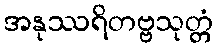
အနုဿရိတဗ္ဗသုတ္တံ